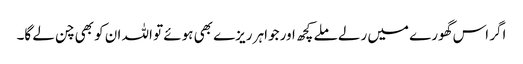
اگر اس گھورے میں رلے ملے کچھ اور جواہر ریزے بھی ہوئے تو اللہ ان کو بھی چن لے گا۔